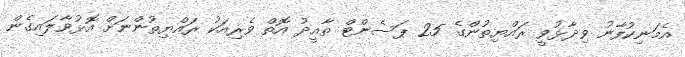
އެމަނިކުފާނު ވިދާޅުވީ ރައްޔިތުންގެ 25 ޕަސެންޓް ތާއީދު އޮތް ވެރިއަކު ރައްޔިތުންނަށް އޮޅުވާލައިގެން